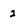
Character: 2